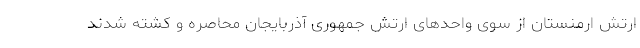
ارتش ارمنستان از سوی واحدهای ارتش جمهوری آذربایجان محاصره و کشته شدند